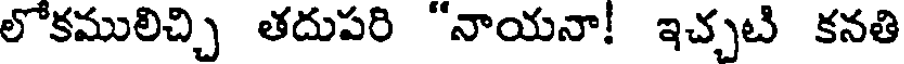
లోకములిచ్చి తదుపరి "నాయనా! ఇచ్చటి కనతి